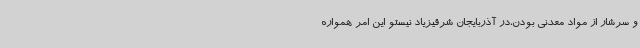
و سرشار از مواد معدنی بودن،در آذربایجان شرقیزیاد نیستو این امر همواره